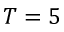
T = 5